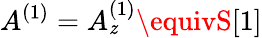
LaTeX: A^{(1)}=A_{\mathit{z}}^{(1)}\equivS[1]